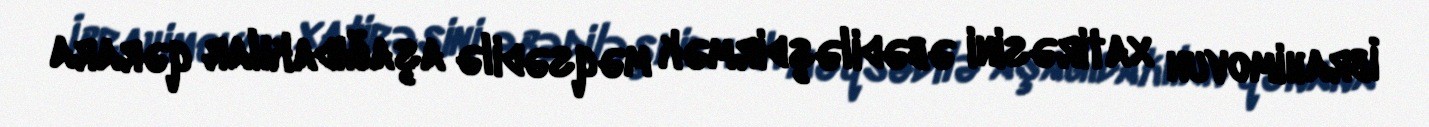
İbrahimovun xatirəsini əbədiləşdirmək məqsədilə aşağıdakılar qərara